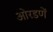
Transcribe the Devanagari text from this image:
ओरडणें